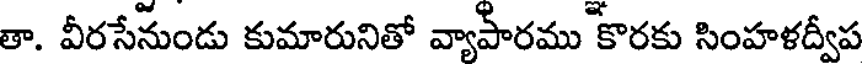
తా. వీరసేనుండు కుమారునితో వ్యాపారము కొరకు సింహళద్వీప